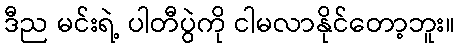
ဒီည မင်းရဲ့ ပါတီပွဲကို ငါမလာနိုင်တော့ဘူး။